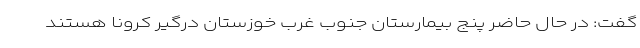
گفت: در حال حاضر پنج بیمارستان جنوب غرب خوزستان درگیر کرونا هستند